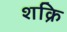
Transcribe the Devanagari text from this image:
शक्रि